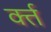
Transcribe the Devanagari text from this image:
र्क्त